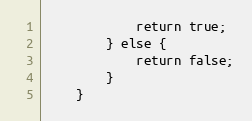
Language: PHP
            return true;
        } else {
            return false;
        }
    }